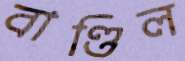
বাণ্ডিল